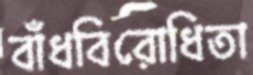
বাঁধবিরোধিতা